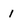
Character: 1